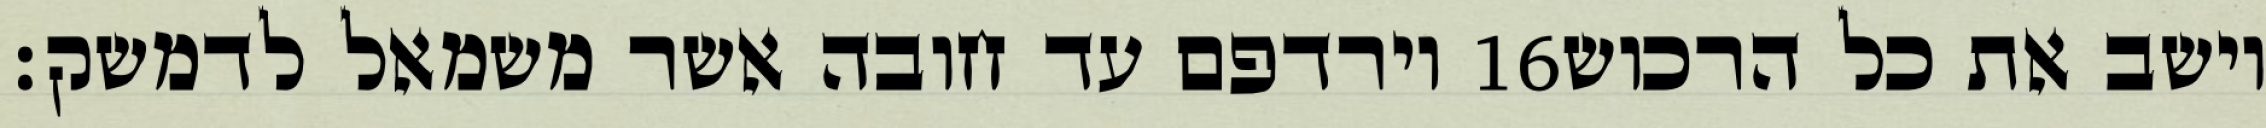
וירדפם עד חובה אשר משמאל לדמשק׃ ‎16‏ וישב את כל הרכוש